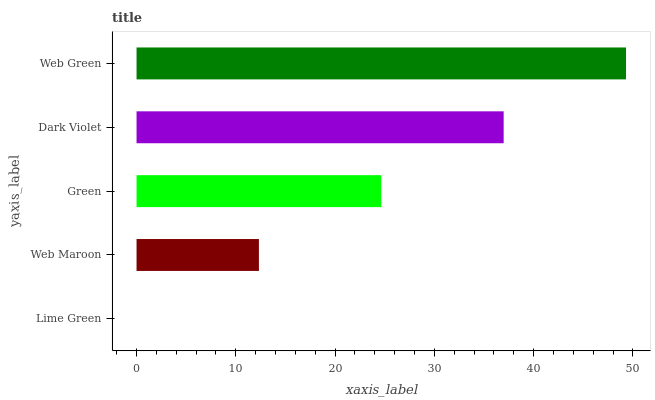
| yaxis_label | bars |
 | --- | --- |
 | Lime Green | 0 |
 | Web Maroon | 12.3 |
 | Green | 24.7 |
 | Dark Violet | 37 |
 | Web Green | 49.3 |